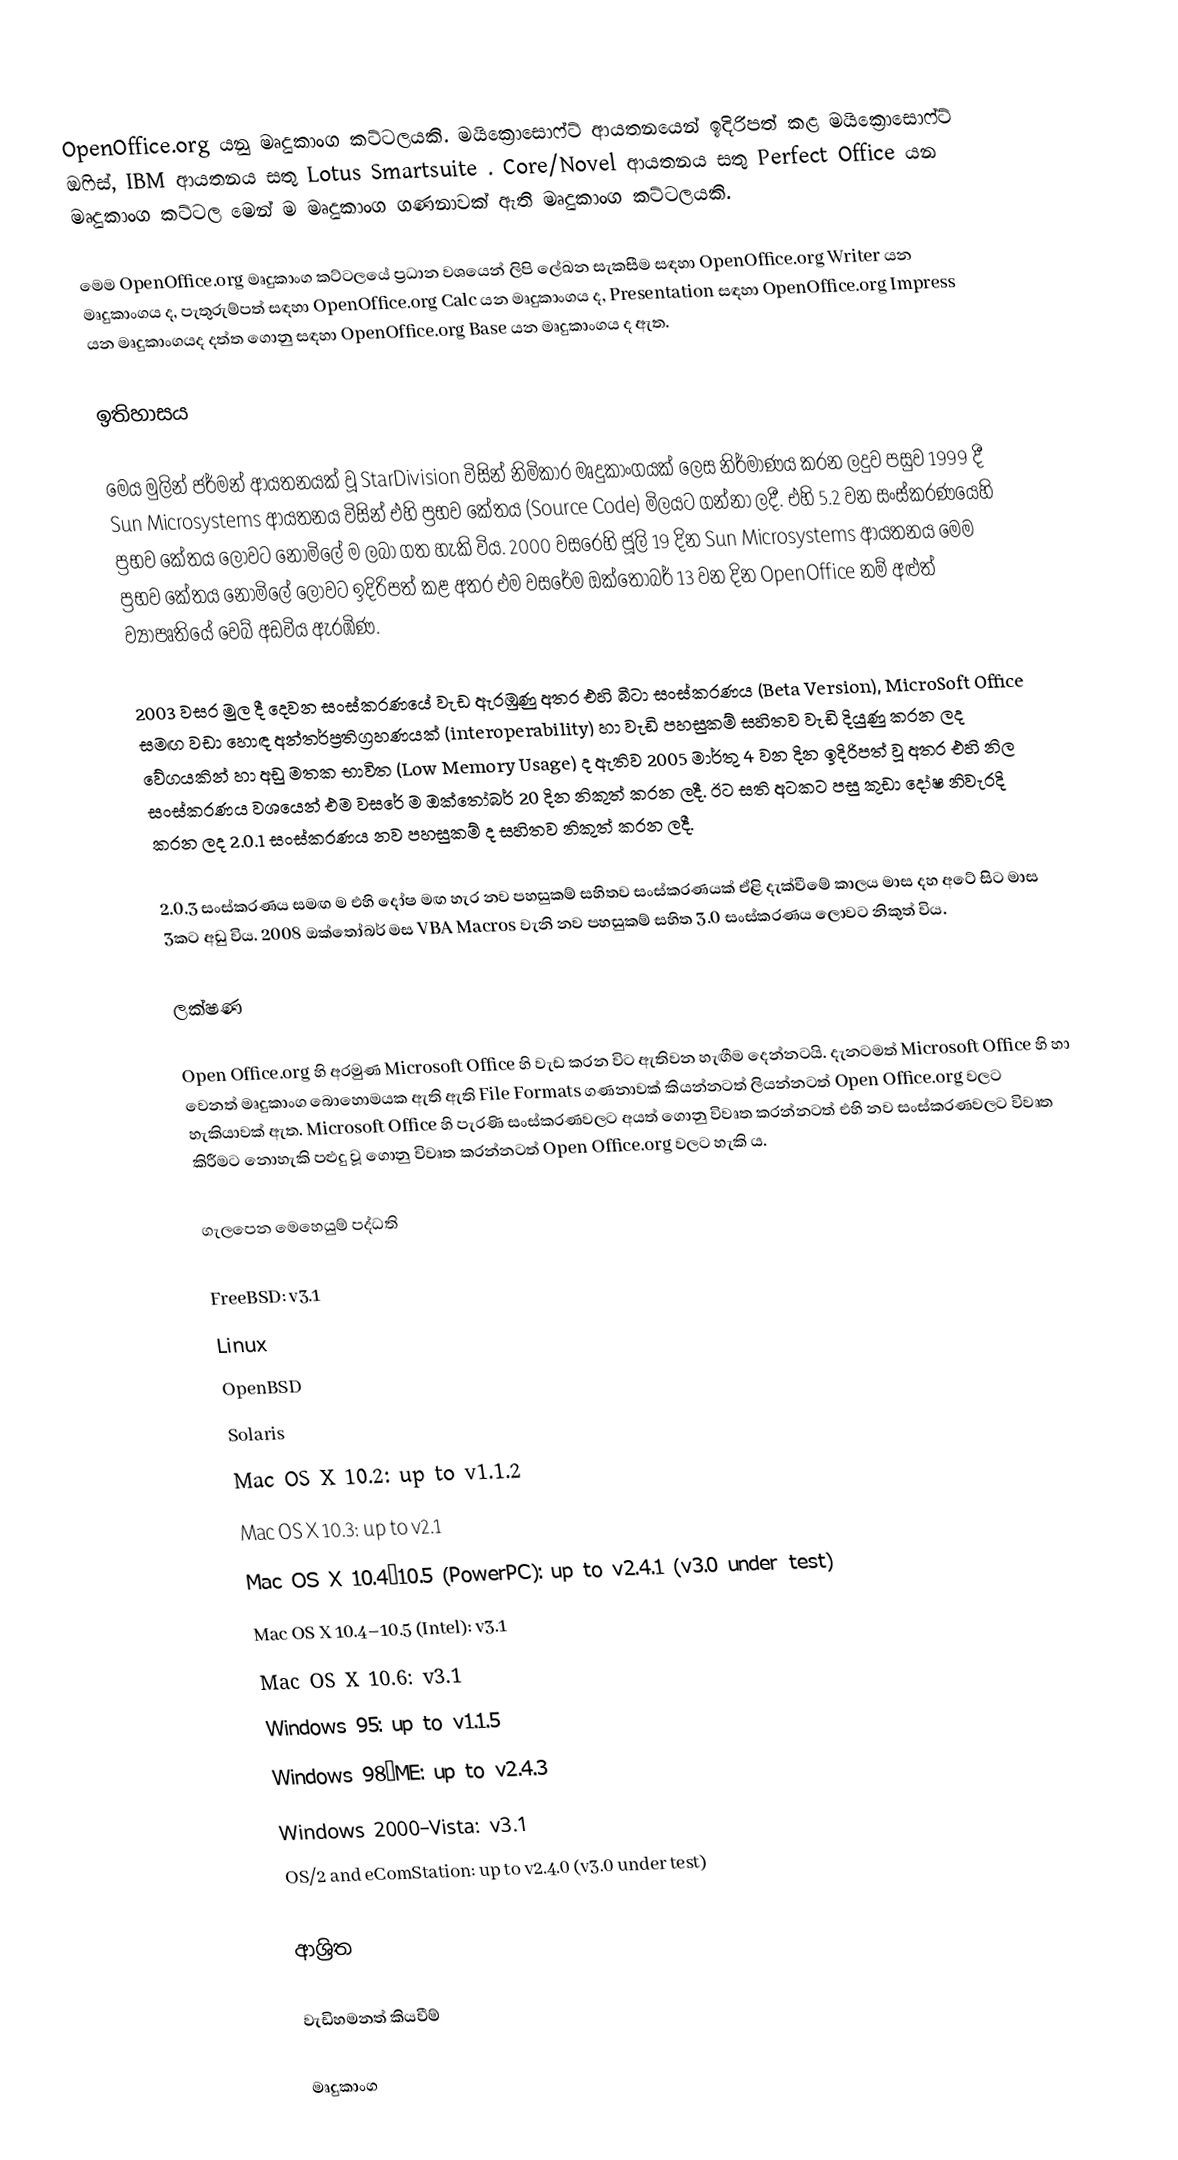
OpenOffice.org යනු මෘදුකාංග කට්ටලයකි. මයික්‍රොසොෆ්ට් ආයතනයෙන් ඉදිරිපත් කළ මයික්‍රොසොෆ්ට් ඔෆිස්, IBM ආයතනය සතු Lotus Smartsuite . Core/Novel ආයතනය සතු Perfect Office යන මෘදුකාංග කට්ටල මෙන් ම මෘදුකාංග ගණනාවක් ඇති මෘදුකාංග කට්ටලයකි.

මෙම OpenOffice.org මෘදුකාංග කට්ටලයේ ප්‍රධාන වශයෙන් ලිපි ලේඛන සැකසීම සඳහා OpenOffice.org Writer යන මෘදුකාංගය ද, පැතුරුම්පත් සඳහා OpenOffice.org Calc යන මෘදුකාංගය ද, Presentation සඳහා OpenOffice.org Impress යන මෘදුකාංගයද දත්ත ගොනු සඳහා OpenOffice.org Base යන මෘදුකාංගය ද ඇත.

ඉතිහාසය

මෙය මුලින් ජර්මන් ආයතනයක් වූ StarDivision විසින් නිමිකාර මෘදුකාංගයක් ලෙස නිර්මාණය කරන ලදුව පසුව 1999 දී Sun Microsystems ආයතනය විසින් එහි ප්‍රභව කේතය (Source Code) මිලයට ගන්නා ලදී. එහි 5.2 වන සංස්කරණයෙහි ප්‍රභව කේතය ලොවට නොමිලේ ම ලබා ගත හැකි විය. 2000 වසරෙහි ජූලි 19 දින Sun Microsystems ආයතනය මෙම ප්‍රභව කේතය නොමිලේ ලොවට ඉදිරිපත් කළ අතර එම වසරේම ඔක්තෝබර් 13 වන දින OpenOffice නම් අළුත් ව්‍යාපෘතියේ වෙබ් අඩවිය ඇරඹිණ.

2003 වසර මුල දී දෙවන සංස්කරණයේ වැඩ ඇරඹුණු අතර එහි බීටා සංස්කරණය (Beta Version),  MicroSoft Office සමඟ වඩා හොඳ අන්තර්ප්‍රතිග්‍රහණයක් (interoperability) හා වැඩි පහසුකම් සහිතව වැඩි දියුණු කරන ලද වේගයකින් හා අඩු මතක භාවිත (Low Memory Usage) ද ඇතිව 2005 මාර්තු 4 වන දින ඉදිරිපත් වූ අතර එහි නිල සංස්කරණය වශයෙන් එම වසරේ ම ඔක්තෝබර්  20 දින නිකුත් කරන ලදී. ඊට සති අටකට පසු කුඩා දෝෂ නිවැරදි කරන ලද 2.0.1 සංස්කරණය නව පහසුකම් ද සහිතව නිකුත් කරන ලදී.

2.0.3 සංස්කරණය සමඟ ම එහි දෝෂ මඟ හැර නව පහසුකම් සහිතව සංස්කරණයක් ඒළි දැක්වීමේ කාලය මාස දහ අටේ සිට මාස 3කට අඩු විය. 2008 ඔක්තෝබර් මස VBA Macros වැනි නව පහසුකම් සහිත 3.0 සංස්කරණය ලොවට නිකුත් විය.

ලක්ෂණ

Open Office.org හි අරමුණ Microsoft Office හි වැඩ කරන විට ඇතිවන හැඟීම දෙන්නටයි. දැනටමත් Microsoft Office හි හා වෙනත් මෘදුකාංග බොහොමයක ඇති ඇති File Formats ගණනාවක් කියන්නටත් ලියන්නටත් Open Office.org වලට හැකියාවක් ඇත. Microsoft Office හි පැරණි සංස්කරණවලට අයත් ගොනු විවෘත කරන්නටත් එහි නව සංස්කරණවලට විවෘත කිරීමට නොහැකි පළුදු වූ ගොනු විවෘත කරන්නටත් Open Office.org වලට හැකි ය.

ගැලපෙන මෙහෙයුම් පද්ධති

FreeBSD: v3.1
Linux
OpenBSD
Solaris
Mac OS X 10.2: up to v1.1.2
Mac OS X 10.3: up to v2.1
Mac OS X 10.4–10.5 (PowerPC): up to v2.4.1 (v3.0 under test)
Mac OS X 10.4–10.5 (Intel): v3.1
Mac OS X 10.6: v3.1
Windows 95: up to v1.1.5
Windows 98–ME: up to v2.4.3
Windows 2000–Vista: v3.1
OS/2 and eComStation: up to v2.4.0 (v3.0 under test)

ආශ්‍රිත

වැඩිහමනත් කියවීම්

මෘදුකාංග